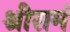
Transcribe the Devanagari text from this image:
श्रीरामं